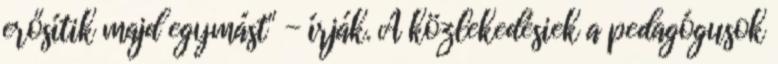
erősítik majd egymást" - írják. A közlekedésiek a pedagógusok